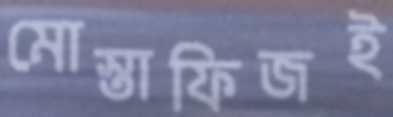
মোস্তাফিজই